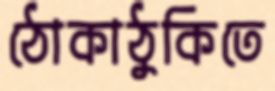
ঠোকাঠুকিতে